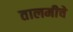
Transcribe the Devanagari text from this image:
तालमीचे